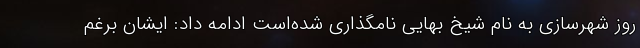
روز شهرسازی به نام شیخ بهایی نامگذاری شده‌است ادامه داد: ایشان برغم